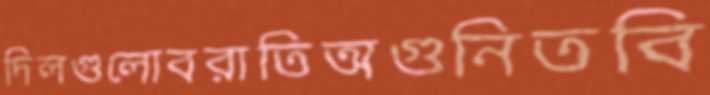
দিলগুলোবরাতিঅগুনিতবি